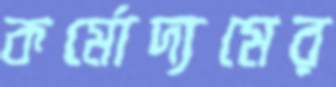
কর্মোদ্যমের